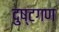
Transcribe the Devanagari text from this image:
दुष्टगण